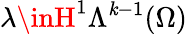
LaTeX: \lambda\inH^{1}\Lambda^{\mathit{k}-1}(\Omega)